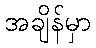
အချိန်မှာ